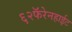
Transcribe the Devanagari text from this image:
६२फॅरेनहाईट